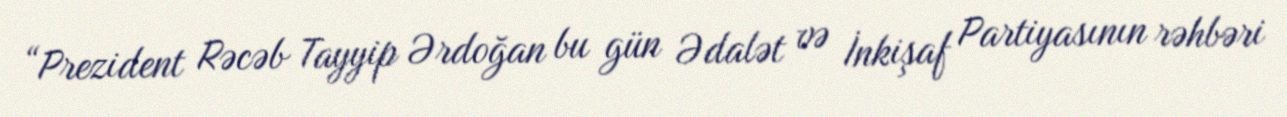
“Prezident Rəcəb Tayyip Ərdoğan bu gün Ədalət və İnkişaf Partiyasının rəhbəri